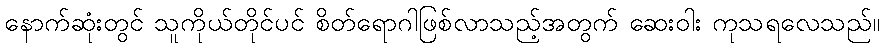
နောက်ဆုံးတွင် သူကိုယ်တိုင်ပင် စိတ်ရောဂါဖြစ်လာသည့်အတွက် ဆေးဝါး ကုသရလေသည်။